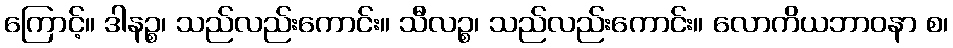
ကြောင့်။ ဒါနဉ္စ၊ သည်လည်းကောင်း။ သီလဉ္စ၊ သည်လည်းကောင်း။ လောကိယဘာဝနာ စ၊